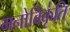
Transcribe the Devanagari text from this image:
मनोविकृ॑ति